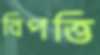
বিপত্তি